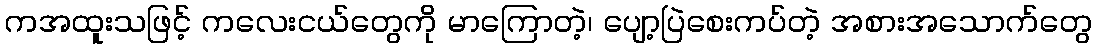
ကအထူးသဖြင့် ကလေးငယ်တွေကို မာကြောတဲ့၊ ပျော့ပြဲစေးကပ်တဲ့ အစားအသောက်တွေ